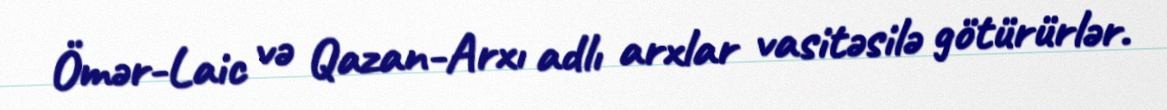
Ömər-Laic və Qazan-Arxı adlı arxlar vasitəsilə götürürlər.